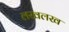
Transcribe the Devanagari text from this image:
लखलख